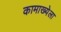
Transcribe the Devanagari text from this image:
कामाख्येला